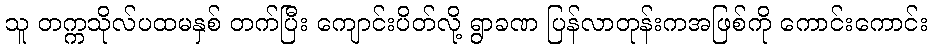
သူ တက္ကသိုလ်ပထမနှစ် တက်ပြီး ကျောင်းပိတ်လို့ ရွာခဏ ပြန်လာတုန်းကအဖြစ်ကို ကောင်းကောင်း